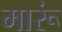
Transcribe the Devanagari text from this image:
मारूं